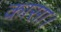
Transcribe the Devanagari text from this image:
कासा।